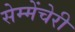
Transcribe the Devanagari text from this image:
सेम्मेंचेरी